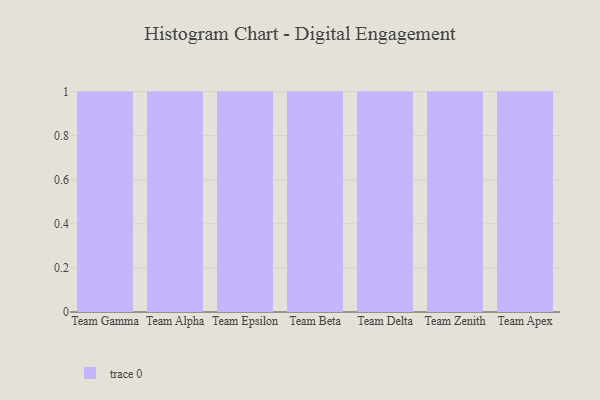
{"axis": {"x": "Team", "y": "Demand Index"}, "legend": [""], "data": [{"x": "Team Gamma", "y": 51, "type": ""}, {"x": "Team Alpha", "y": 42, "type": ""}, {"x": "Team Epsilon", "y": 36, "type": ""}, {"x": "Team Beta", "y": 36, "type": ""}, {"x": "Team Delta", "y": 40, "type": ""}, {"x": "Team Zenith", "y": 16, "type": ""}, {"x": "Team Apex", "y": 57, "type": ""}]}